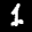
Label: 1